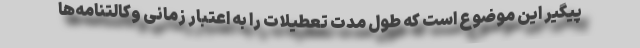
پیگیر این موضوع است که طول مدت تعطیلات را به اعتبار زمانی وکالتنامه‌ها